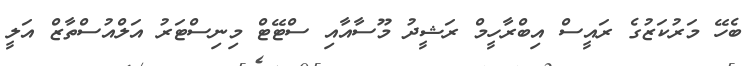
ބެހޭ މަރުކަޒުގެ ރައީސް އިބްރާހީމް ރަޝީދު މޫސާއާއި ސްޓޭޓް މިނިސްޓަރު އަލްއުސްތާޒް އަލީ